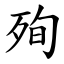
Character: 殉